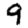
Digit: 9